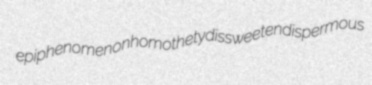
epiphenomenon homothety dissweeten dispermous